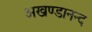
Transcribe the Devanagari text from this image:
अखण्डानन्द